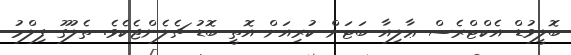
ބޮލީވުޑް އެކްޓްރެސް ޢާލިއާ ބަޓަށް ކުރިއަށް އޮތީ ބޮޑު ޗެލެންޖެކެވެ. ތެލުގޫ ފިލްމު